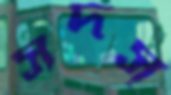
সদস্